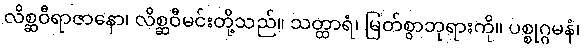
လိစ္ဆဝီရာဇာနော၊ လိစ္ဆဝီမင်းတို့သည်။ သတ္ထာရံ၊ မြတ်စွာဘုရားကို။ ပစ္စုဂ္ဂမနံ၊